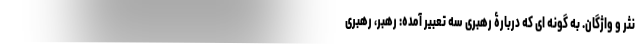
نثر و واژگان. به گونه‌ ای که دربارۀ رهبری سه تعبیر آمده: رهبر، رهبری